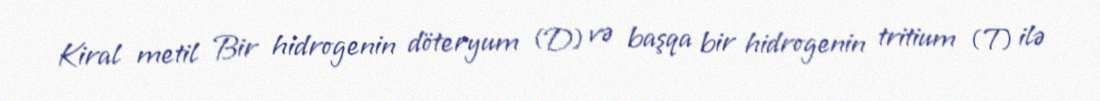
Kiral metil Bir hidrogenin döteryum (D) və başqa bir hidrogenin tritium (T) ilə